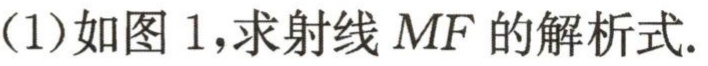
(1)如图 1,求射线 \(MF\) 的解析式.